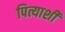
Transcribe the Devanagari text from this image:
पित्याशी